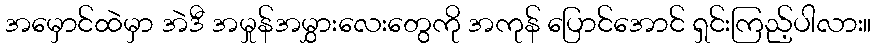
အမှောင်ထဲမှာ အဲဒီ အမှုန်အမွှားလေးတွေကို အကုန် ပြောင်အောင် ရှင်းကြည့်ပါလား။